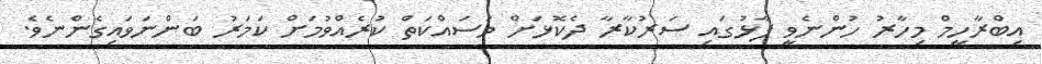
އިބްރާހީމް މިހާރު ހުންނެވީ ފާޅުގައި ސަރުކާރާ ދެކޮޅަށް މަސައްކަތް ކުރެއްވުމަށް ކަމަރު ބަންނަވައިގެންނެވެ.